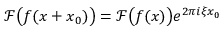
{ \mathcal { F } } { \bigl ( } f ( x + x _ { 0 } ) { \bigr ) } = { \mathcal { F } } { \bigl ( } f ( x ) { \bigr ) } e ^ { 2 \pi i \xi x _ { 0 } }